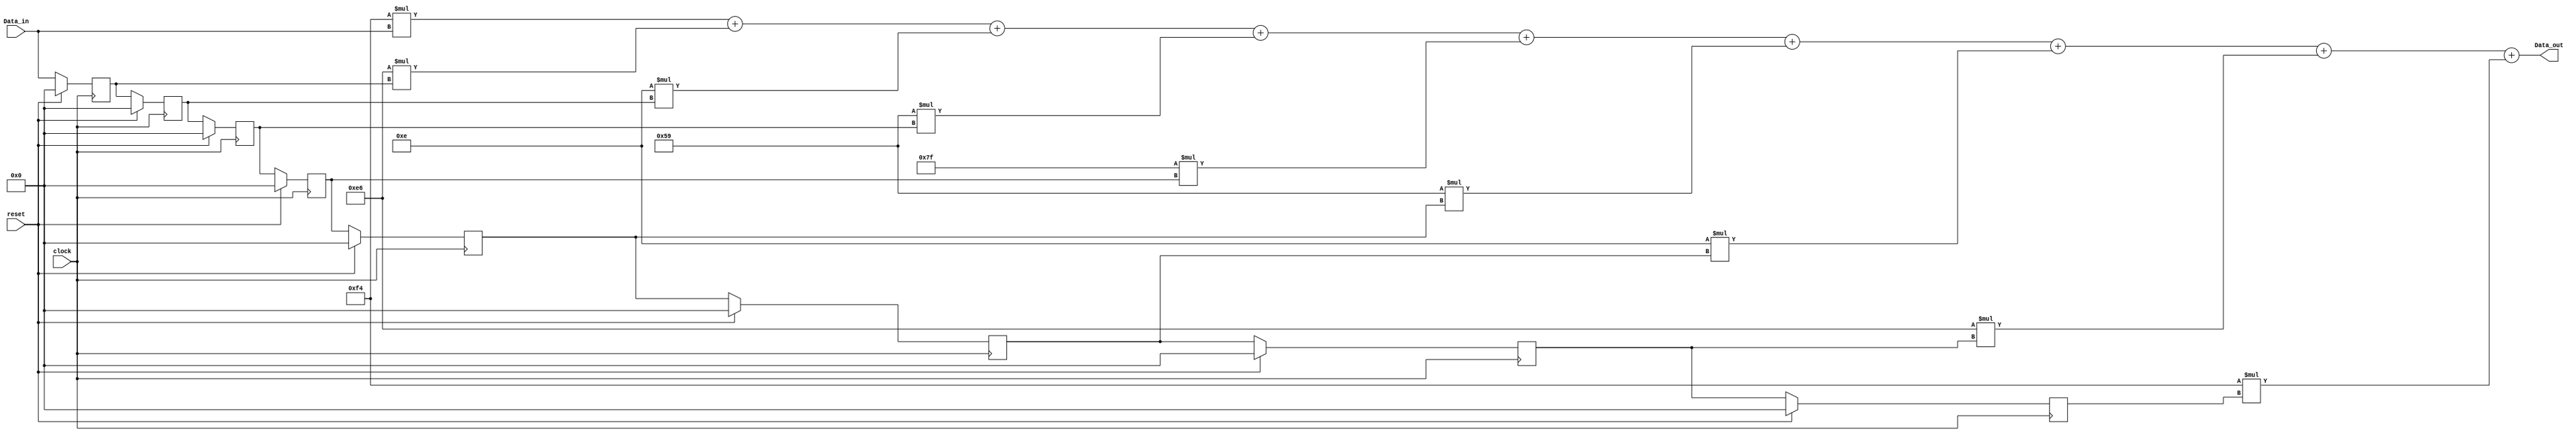
`timescale 1ns / 1ps
module FIR_Lowpass(Data_out,Data_in,clock,reset);//8FIR

parameter order = 8;
parameter word_size_in = 8;
parameter word_size_out = 2*word_size_in + 1;

//
parameter b0 = 8'hf4;  
parameter b1 = 8'he6; 
parameter b2 = 8'h0e; 
parameter b3 = 8'h59; 
parameter b4 = 8'h7f; 
parameter b5 = 8'h59; 
parameter b6 = 8'h0e; 
parameter b7 = 8'he6; 
parameter b8 = 8'hf4;

output [word_size_out-1 : 0] Data_out;
input [word_size_in-1 : 0] Data_in;
input clock,reset;
reg  [word_size_in-1 : 0] Samples[1 : order];
integer k;
// 
assign Data_out = b0*Data_in + b1*Samples[1] + b2*Samples[2] +b3*Samples[3]+ b4*Samples[4] + b5*Samples[5] + b6*Samples[6] + b7*Samples[7] + b8*Samples[8];
// 
always @ (posedge clock)
   if(reset == 1) begin
      for(k=1; k<=order; k=k+1)
         Samples[k] <= 0;
   end
   else begin
      Samples[1] <= Data_in;
      for(k=2; k<=order; k=k+1)
         Samples[k] <= Samples[k-1];
   end

endmodule